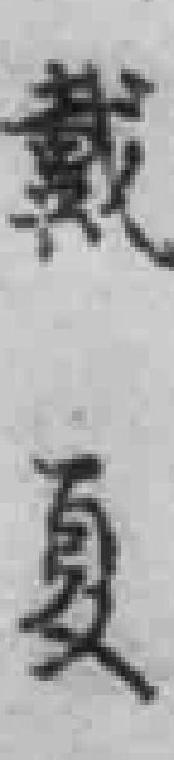
戴夏